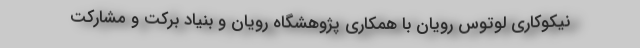
نیکوکاری لوتوس رویان با همکاری پژوهشگاه رویان و بنیاد برکت و مشارکت